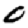
Digit: 0